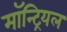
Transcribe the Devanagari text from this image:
माॅन्ट्रियल